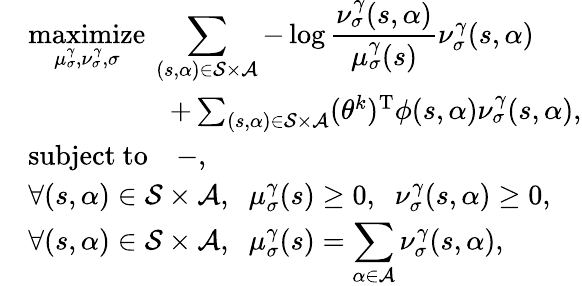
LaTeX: \begin{array}{rl}&{\displaystyle\underset{\mu_{\sigma}^{\gamma},\nu_{\sigma}^{\gamma},\sigma}{\mathrm{maximize}}\: \sum_{(s,\alpha)\in\mathcal{S}\times\mathcal{A}}-\log\frac{\nu_{\sigma}^{\gamma}(s,\alpha)}{\mu_{\sigma}^{\gamma}(s)}\nu_{\sigma}^{\gamma}(s,\alpha)}\\ &{\quad\quad\quad\quad\quad+\sum_{(s,\alpha)\in\mathcal{S}\times\mathcal{A}}(\theta^{k})^{\mathrm{T}}\phi(s,\alpha)\nu_{\sigma}^{\gamma}(s,\alpha),}\\ &{\displaystyle\mathrm{subject\ to}\quad-,}\\ &{\displaystyle\forall(s,\alpha)\in\mathcal{S}\times\mathcal{A},\; \; \mu_{\sigma}^{\gamma}(s)\geq 0,\; \; \nu_{\sigma}^{\gamma}(s,\alpha)\geq 0,}\\ &{\displaystyle\forall(s,\alpha)\in\mathcal{S}\times\mathcal{A},\; \; \mu_{\sigma}^{\gamma}(s)=\sum_{\alpha\in\mathcal{A}}\nu_{\sigma}^{\gamma}(s,\alpha),}\end{array}